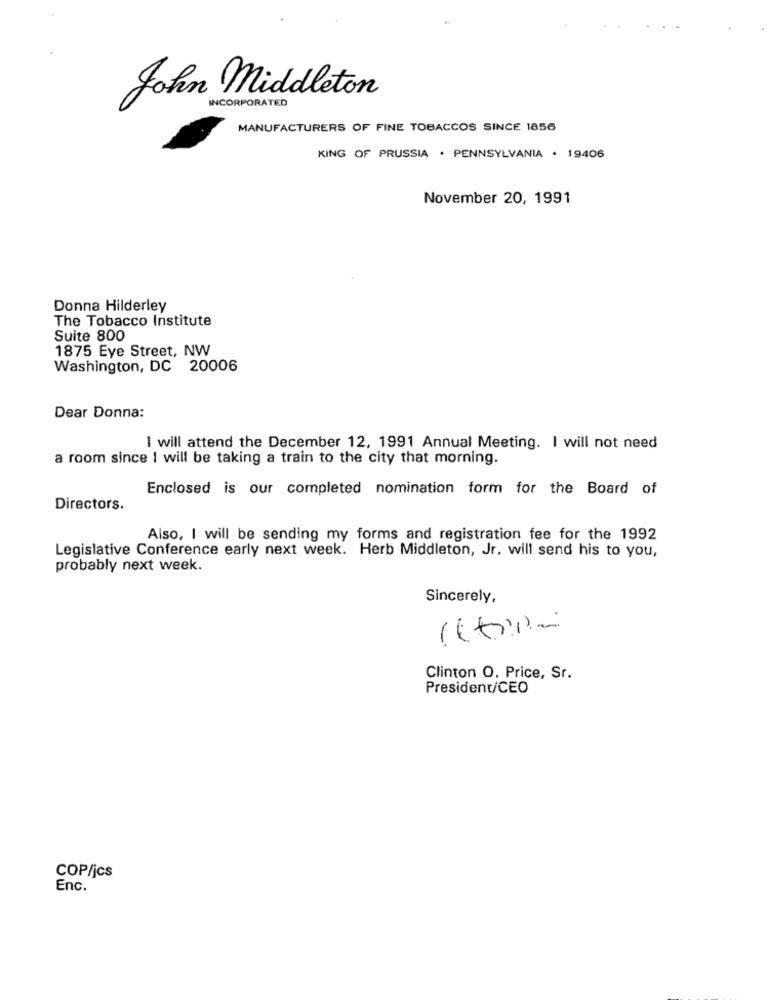
John Middleton
INCORPORATED
MANUFACTURERS OF FINE TOBACCOS SINCE 1856
KING OF PRUSSIA . PENNSYLVANIA . 19406
November 20, 1991
Donna Hilderley
The Tobacco Institute
Suite 800
1875 Eye Street, NW
Washington, DC 20006
Dear Donna:
I will attend the December 12, 1991 Annual Meeting. I will not need
a room since I will be taking a train to the city that morning.
Enclosed is our completed nomination form for the Board of
Directors.
Also, I will be sending my forms and registration fee for the 1992
Legislative Conference early next week. Herb Middleton, Jr. will send his to you,
probably next week.
Sincerely,
-
Clinton O. Price, Sr.
President/CEO
COP/jcs
Enc.